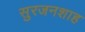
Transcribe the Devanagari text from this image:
सुरजनशाह